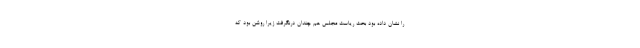
را نشان داده بود بحث ریاست مجلس هم چندان درنگرفت زیرا روشن بود که